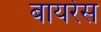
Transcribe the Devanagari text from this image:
बायरेस